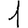
Digit: 1